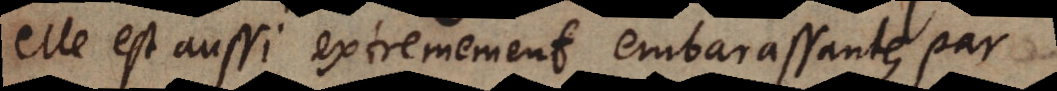
elle est aussi extremement embarassante par